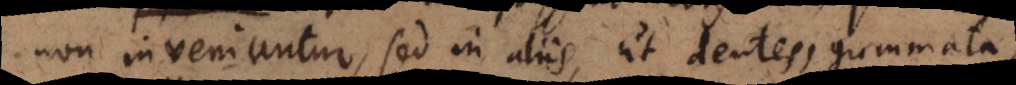
non inveniuntur, sed in aliis, ut dentes, gummata,